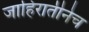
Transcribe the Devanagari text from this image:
जाहिरातीनेच